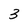
Character: 3